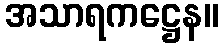
အသာရကဋ္ဌေန။